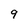
Character: 9